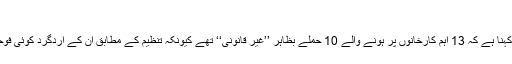
‘‘
ہیومن رائٹس واچ کا کہنا ہے کہ 13 اہم کارخانوں پر ہونے والے 10 حملے بظاہر ’’غیر قانونی‘‘ تھے کیونکہ تنظیم کے مطابق ان کے اردگرد کوئی فوجی تنصیب نہیں تھی۔